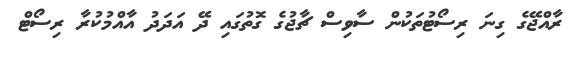
ރާއްޖޭގެ ގިނަ ރިސޯޓުތަކުން ސާވިސް ޗާޖުގެ ގޮތުގައި ދޭ އަދަދު އާއްމުކުރާ ރިސޯޓް